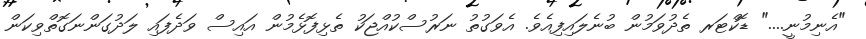
"އެނިމުނީ...." ޑޮކްޓަރ ތެދުވަމުން ބުނެލައިފިއެވެ. އެވަގުތު ނަރުސްކުއްޖަކު ތެޅިފޮޅެމުން އައިސް ވަދެފައި ލަދުގަންނަގޮތްވިކަން